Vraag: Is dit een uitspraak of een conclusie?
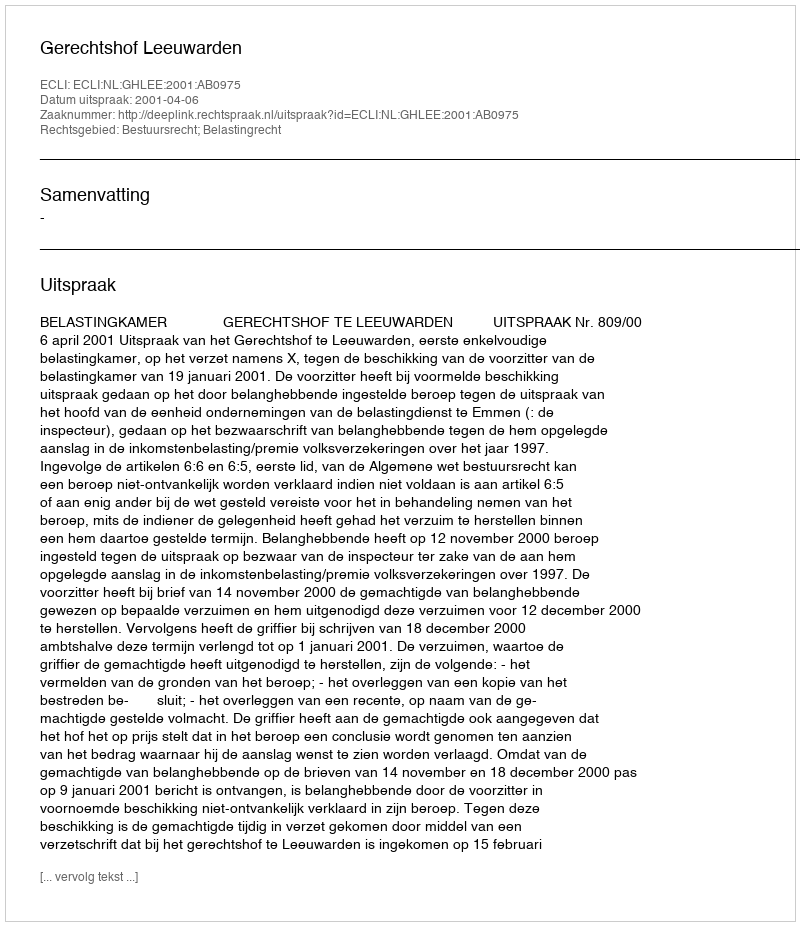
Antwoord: Uitspraak